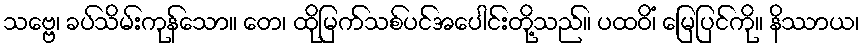
သဗ္ဗေ၊ ခပ်သိမ်းကုန်သော။ တေ၊ ထိုမြက်သစ်ပင်အပေါင်းတို့သည်။ ပထဝိံ၊ မြေပြင်ကို။ နိဿာယ၊